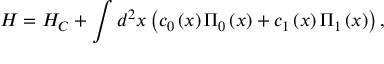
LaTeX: H = H _ { C } + \int { d ^ { 2 } } x \left( { c _ { 0 } \left( x \right) \Pi _ { 0 } \left( x \right) + c _ { 1 } \left( x \right) \Pi _ { 1 } \left( x \right) } \right) ,